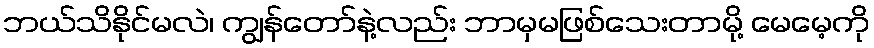
ဘယ်သိနိုင်မလဲ၊ ကျွန်တော်နဲ့လည်း ဘာမှမဖြစ်သေးတာမို့ မေမေ့ကို